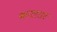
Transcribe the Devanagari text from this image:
कालतर